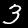
Label: 3